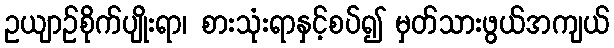
ဥယျာဉ်စိုက်ပျိုးရာ၊ စားသုံးရာနှင့်စပ်၍ မှတ်သားဖွယ်အကျယ်